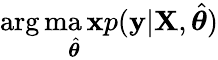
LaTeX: \arg\operatorname*{ma\mathbf{x}}_{\hat{{\boldsymbol{\theta}}}}p(\textbf{{y}}|\textbf{{X}},\hat{{\boldsymbol{\theta}}})